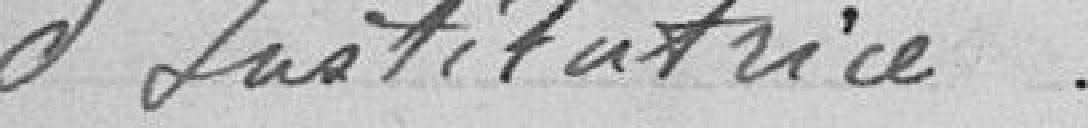
d'institutrice.